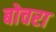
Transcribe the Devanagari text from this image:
बोचरा